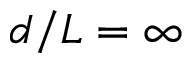
d / L = \infty